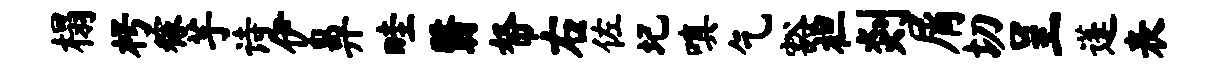
榻枵稼芋诗伊鼻畦翳帑右佐圮嗔乞豁袒剡屑切呈蓬表